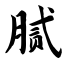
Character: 腻